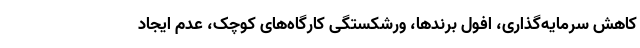
کاهش سرمایه‌گذاری، افول برندها، ورشکستگی کارگاه‌های کوچک، عدم ایجاد